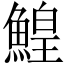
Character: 鰉